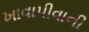
ખાવાપીવાની